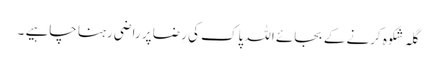
گلہ شِکوہ کرنے کے بجائے اللہ پاک کی رِضا پر راضی رہنا چاہیے ۔